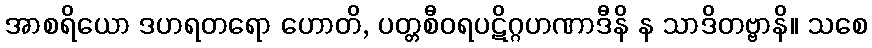
အာစရိယော ဒဟရတရော ဟောတိ, ပတ္တစီဝရပဋိဂ္ဂဟဏာဒီနိ န သာဒိတဗ္ဗာနိ။ သစေ